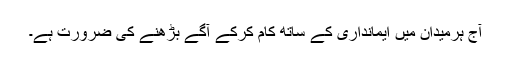
آج ہرمیدان میں ایمانداری کے ساتھ کام کرکے آگے بڑھنے کی ضرورت ہے۔